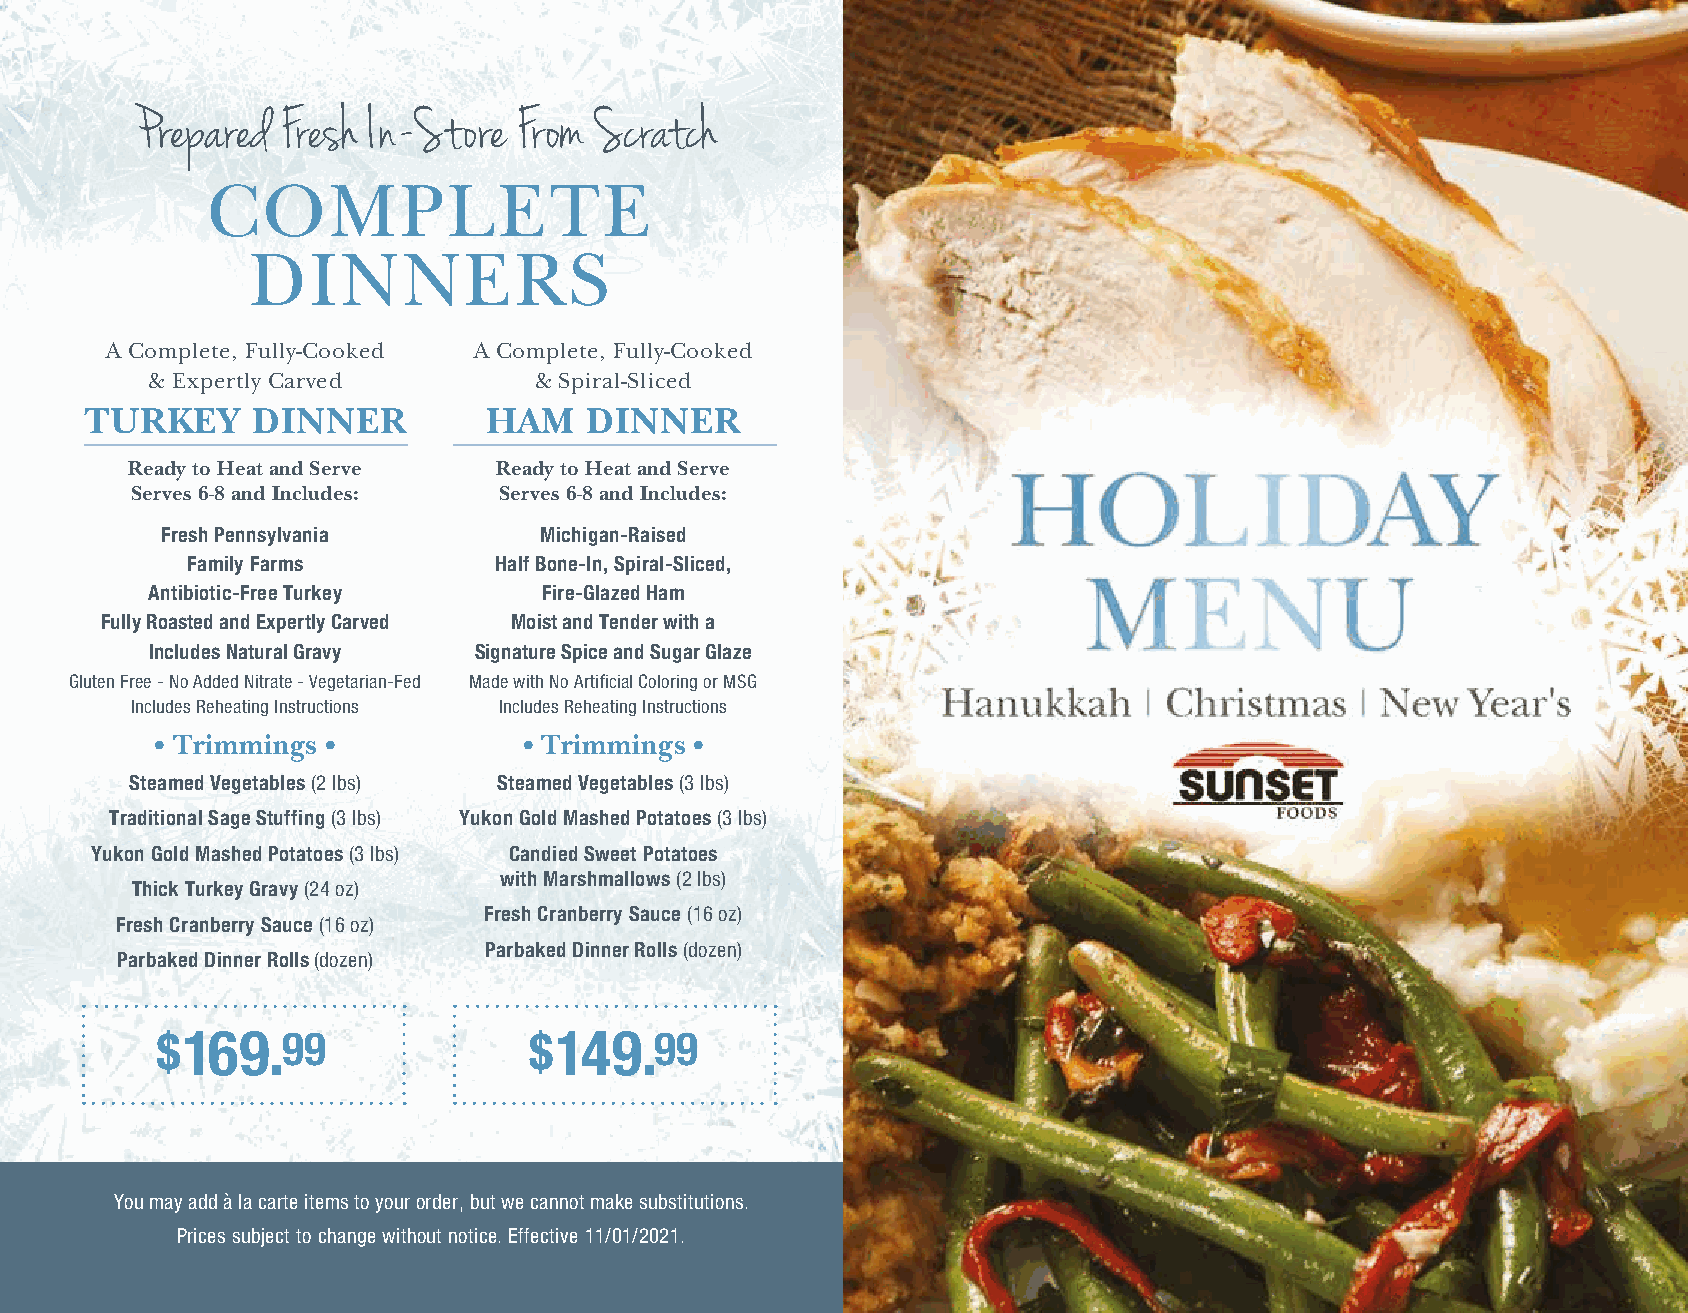
Prepared  Fresh In-Store From Scratch
 COMPLETE
 DINNERS
 A Complete, Fully-Cooked A Complete, Fully-Cooked
 & Expertly Carved        & Spiral-Sliced
 TURKEY     DINNER         HAM    DINNER
 Ready to Heat and Serve  Ready to Heat and Serve
 Serves 6-8 and Includes: Serves 6-8 and Includes:
 Fresh Pennsylvania       Michigan-Raised
 Family Farms         Half Bone-In, Spiral-Sliced,
 Antibiotic-Free Turkey    Fire-Glazed Ham
 Fully Roasted and Expertly Carved Moist and Tender with a
 Includes Natural Gravy Signature Spice and Sugar Glaze
 Gluten Free - No Added Nitrate - Vegetarian-Fed Made with No Artificial Coloring or MSG
 Includes Reheating Instructions Includes Reheating Instructions
 • Trimmings •            • Trimmings •
 Steamed Vegetables (2 lbs) Steamed Vegetables (3 lbs)
 Traditional Sage Stuffing (3 lbs) Yukon Gold Mashed Potatoes (3 lbs)
 Yukon Gold Mashed Potatoes (3 lbs) Candied Sweet Potatoes
 with Marshmallows (2 lbs)
 Thick Turkey Gravy (24 oz)
 Fresh Cranberry Sauce (16 oz)
 Fresh Cranberry Sauce (16 oz)
 Parbaked Dinner Rolls (dozen)
 Parbaked Dinner Rolls (dozen)
 $169.99                  $149.99
 You may add à la carte items to your order, but we cannot make substitutions.
 Prices subject to change without notice. Effective 11/01/2021.